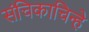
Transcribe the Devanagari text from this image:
संचिकाचिन्हे